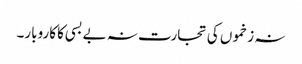
نہ زخموں کی تجارت نہ بے بسی کا کاروبار۔